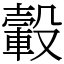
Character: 轂